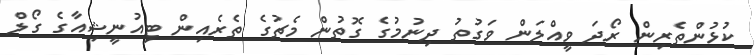
ކުޅުންތެރިން ރޯދަ ވީއްލަން ވަގުތު ދިނުމުގެ ގޮތުން މެޗުގެ ތެރެއިން ޓިއުނީޝިއާގެ ގޯލް